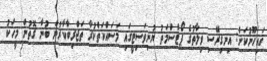
ހައިހޫނުކަން: އިނގިރޭސި ވިލާތުގެ ޕޯޓްސްމަތު ޔުނިވަސިޓީގައި މަސައްކަތްކުރާ ތަޖްރިބާކާރުން ބުނާ ގޮތުން މީހަކު